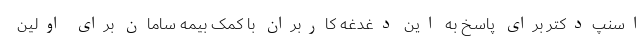
اسنپ‌دکتر برای پاسخ به این دغدغه کاربران با کمک بیمه سامان برای اولین